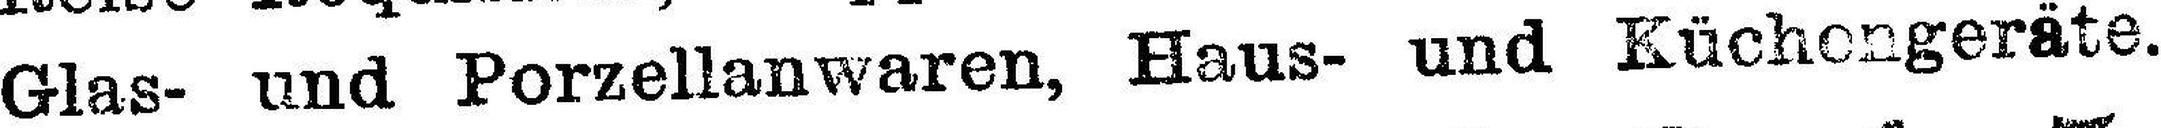
Glas- und Porzellanwaren, Haus- und Küchengeräte.